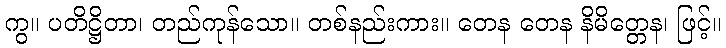
ကွ။ ပတိဋ္ဌိတာ၊ တည်ကုန်သော။ တစ်နည်းကား။ တေန တေန နိမိတ္တေန၊ ဖြင့်။